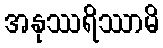
အနုဿရိဿာမိ